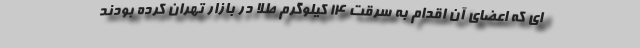
ای که اعضای آن اقدام به سرقت ۱۴ کیلوگرم طلا در بازار تهران کرده بودند